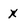
Character: x